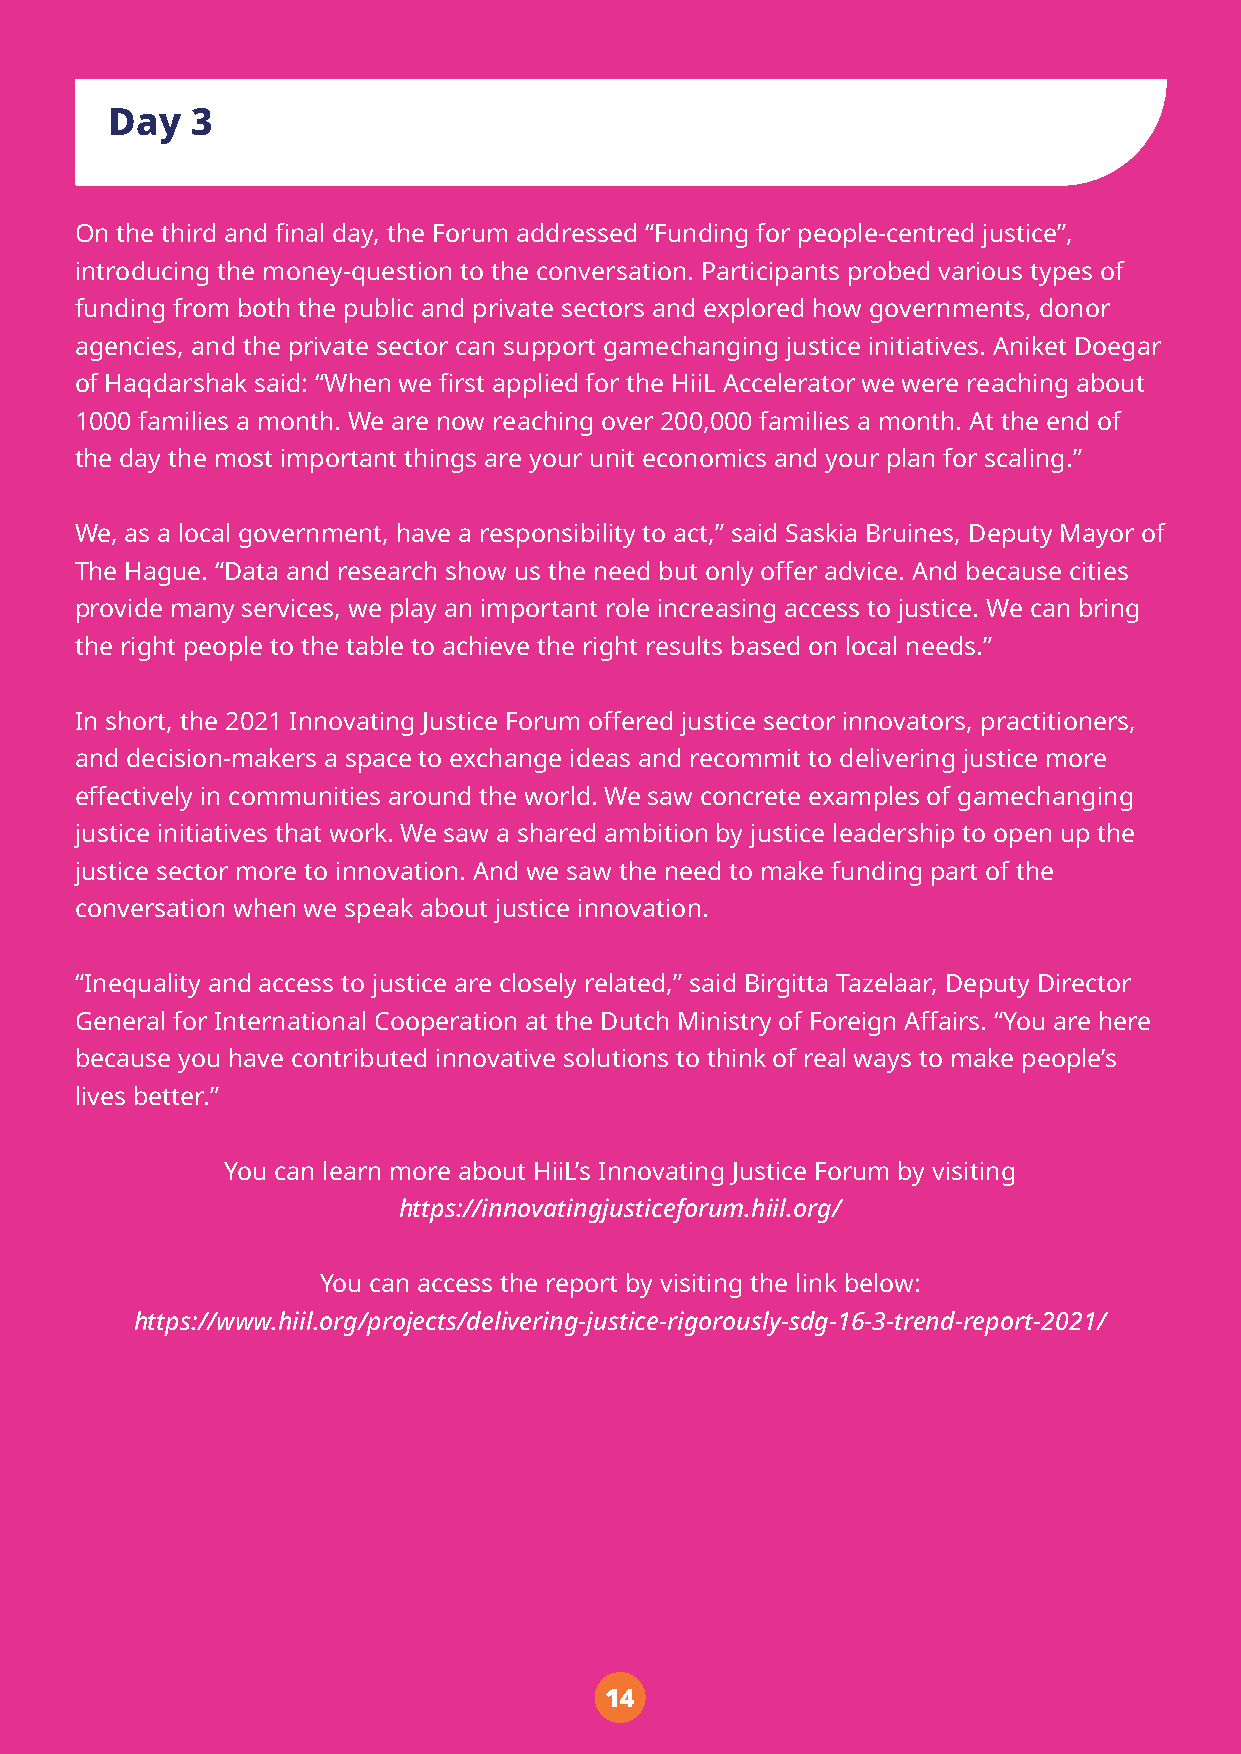
Day   3
 On the third and final day, the Forum addressed “Funding for people-centred justice”,
 introducing the money-question to the conversation. Participants probed various types of
 funding from both the public and private sectors and explored how governments, donor
 agencies, and the private sector can support gamechanging justice initiatives. Aniket Doegar
 of Haqdarshak said: “When we first applied for the HiiL Accelerator we were reaching about
 1000 families a month. We are now reaching over 200,000 families a month. At the end of
 the day the most important things are your unit economics and your plan for scaling.”
 We, as a local government, have a responsibility to act,” said Saskia Bruines, Deputy Mayor of
 The Hague. “Data and research show us the need but only offer advice. And because cities
 provide many services, we play an important role increasing access to justice. We can bring
 the right people to the table to achieve the right results based on local needs.”
 In short, the 2021 Innovating Justice Forum offered justice sector innovators, practitioners,
 and decision-makers a space to exchange ideas and recommit to delivering justice more
 effectively in communities around the world. We saw concrete examples of gamechanging
 justice initiatives that work. We saw a shared ambition by justice leadership to open up the
 justice sector more to innovation. And we saw the need to make funding part of the
 conversation when we speak about justice innovation.
 “Inequality and access to justice are closely related,” said Birgitta Tazelaar, Deputy Director
 General for International Cooperation at the Dutch Ministry of Foreign Affairs. “You are here
 because you have contributed innovative solutions to think of real ways to make people’s
 lives better.”
 You can learn more about HiiL’s Innovating Justice Forum by visiting
 https://innovatingjusticeforum.hiil.org/
 You can access the report by visiting the link below:
 https://www.hiil.org/projects/delivering-justice-rigorously-sdg-16-3-trend-report-2021/
 14